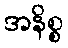
အနိစ္စ